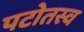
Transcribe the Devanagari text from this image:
पटोतस्व